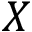
X